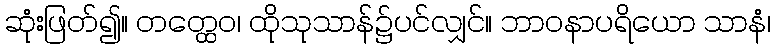
ဆုံးဖြတ်၍။ တတ္ထေဝ၊ ထိုသုသာန်၌ပင်လျှင်။ ဘာဝနာပရိယော သာနံ၊